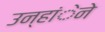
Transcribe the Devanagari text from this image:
उन्हांेने